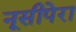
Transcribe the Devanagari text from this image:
नूसीपेरा